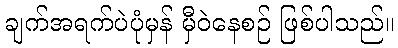
ချက်အရက်ပဲပုံမှန် မှီဝဲနေစဉ် ဖြစ်ပါသည်။